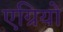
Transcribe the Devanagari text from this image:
एग्रियो